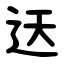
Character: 迗